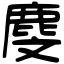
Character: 𪊓